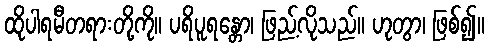
ထိုပါရမီတရားတို့ကို။ ပရိပူရန္တော၊ ဖြည့်လိုသည်။ ဟုတွာ၊ ဖြစ်၍။